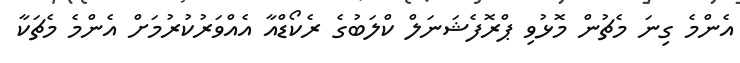
އެންމެ ގިނަ މެޗުން މޮޅުވި ޕްރޮފެޝަނަލް ކްލަބުގެ ރެކޯޑްއާ އެއްވަރުކުރުމަށް އެންމެ މެޗަކާ